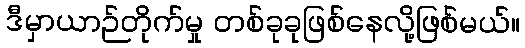
ဒီမှာယာဉ်တိုက်မှု တစ်ခုခုဖြစ်နေလို့ဖြစ်မယ်။